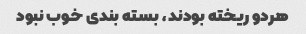
هردو ریخته بودند، بسته بندی خوب نبود